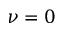
\nu = 0